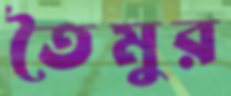
তৈমুর